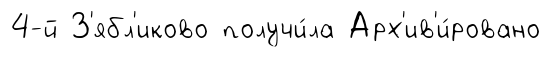
4-й З'ябл'иково получи́ла Арх'ив'и́ровано